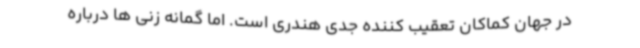
در جهان کماکان تعقیب کننده جدی هندری است. اما گمانه زنی ها درباره